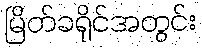
မြိတ်ခရိုင်အတွင်း